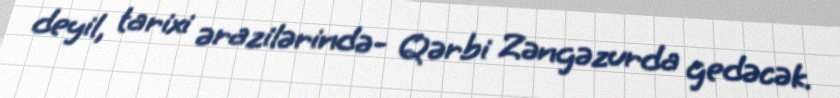
deyil, tarixi ərazilərində- Qərbi Zəngəzurda gedəcək.